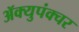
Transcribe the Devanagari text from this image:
ॲक्युपंक्चर